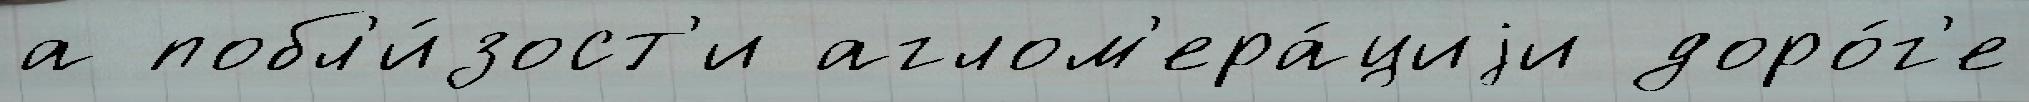
а побл'и́зост'и аглом'ера́циjи доро́г'е